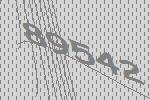
89542